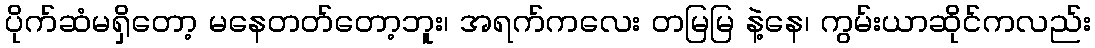
ပိုက်ဆံမရှိတော့ မနေတတ်တော့ဘူး၊ အရက်ကလေး တမြမြ နဲ့နေ၊ ကွမ်းယာဆိုင်ကလည်း